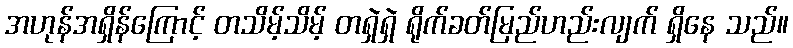
အဟုန်အရှိန်ကြောင့် တသိမ့်သိမ့် တရှဲရှဲ ရိုက်ခတ်မြည်ဟည်းလျက် ရှိနေ သည်။